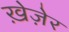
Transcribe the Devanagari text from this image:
ख़ेज़ेर